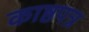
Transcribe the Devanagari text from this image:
काष्ठपत्र